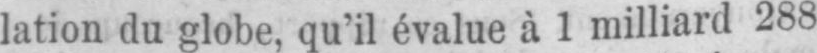
lation du globe, qu’il évalue à 1 milliard 288